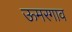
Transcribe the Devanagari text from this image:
ऊमरगाव